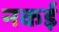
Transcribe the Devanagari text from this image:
नकई